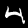
Digit: 4